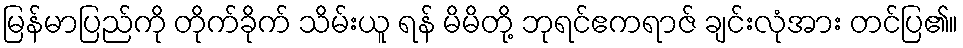
မြန်မာပြည်ကို တိုက်ခိုက် သိမ်းယူ ရန် မိမိတို့ ဘုရင်ဧကရာဇ် ချင်းလုံအား တင်ပြ၏။